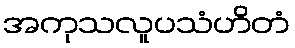
အကုသလူပသံဟိတံ